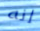
إنه